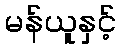
မန်ယူနှင့်